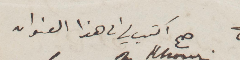
صح اكتب على هذا العنوان